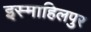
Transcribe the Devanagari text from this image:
इस्माहिलपुर